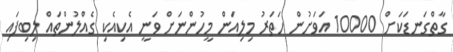
ގާތްގަނޑަކަށް 10000 އަވަށުން ހަތަރު މިލިއަން މީހުންނަށް ވަނީ އެކިއެކި ގެއްލުންތައް ލިބިފަައި